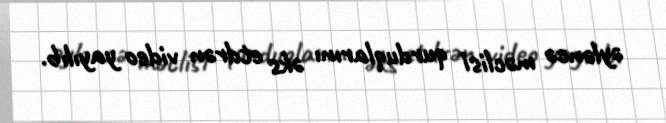
əyləncə məclisi qurduqlarını əks etdrən video yayılıb.